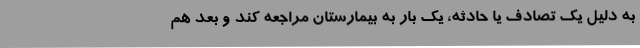
به دلیل یک تصادف یا حادثه، یک بار به بیمارستان مراجعه کند و بعد هم